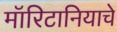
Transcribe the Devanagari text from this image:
मॉरिटानियाचे